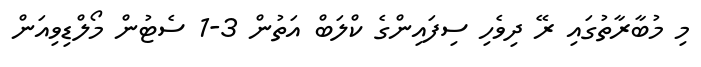
މި މުބާރާތުގައި ރޭ ދިވެހި ސިފައިންގެ ކްލަބް އަތުން 3-1 ސެޓުން މޯލްޑިވިއަން